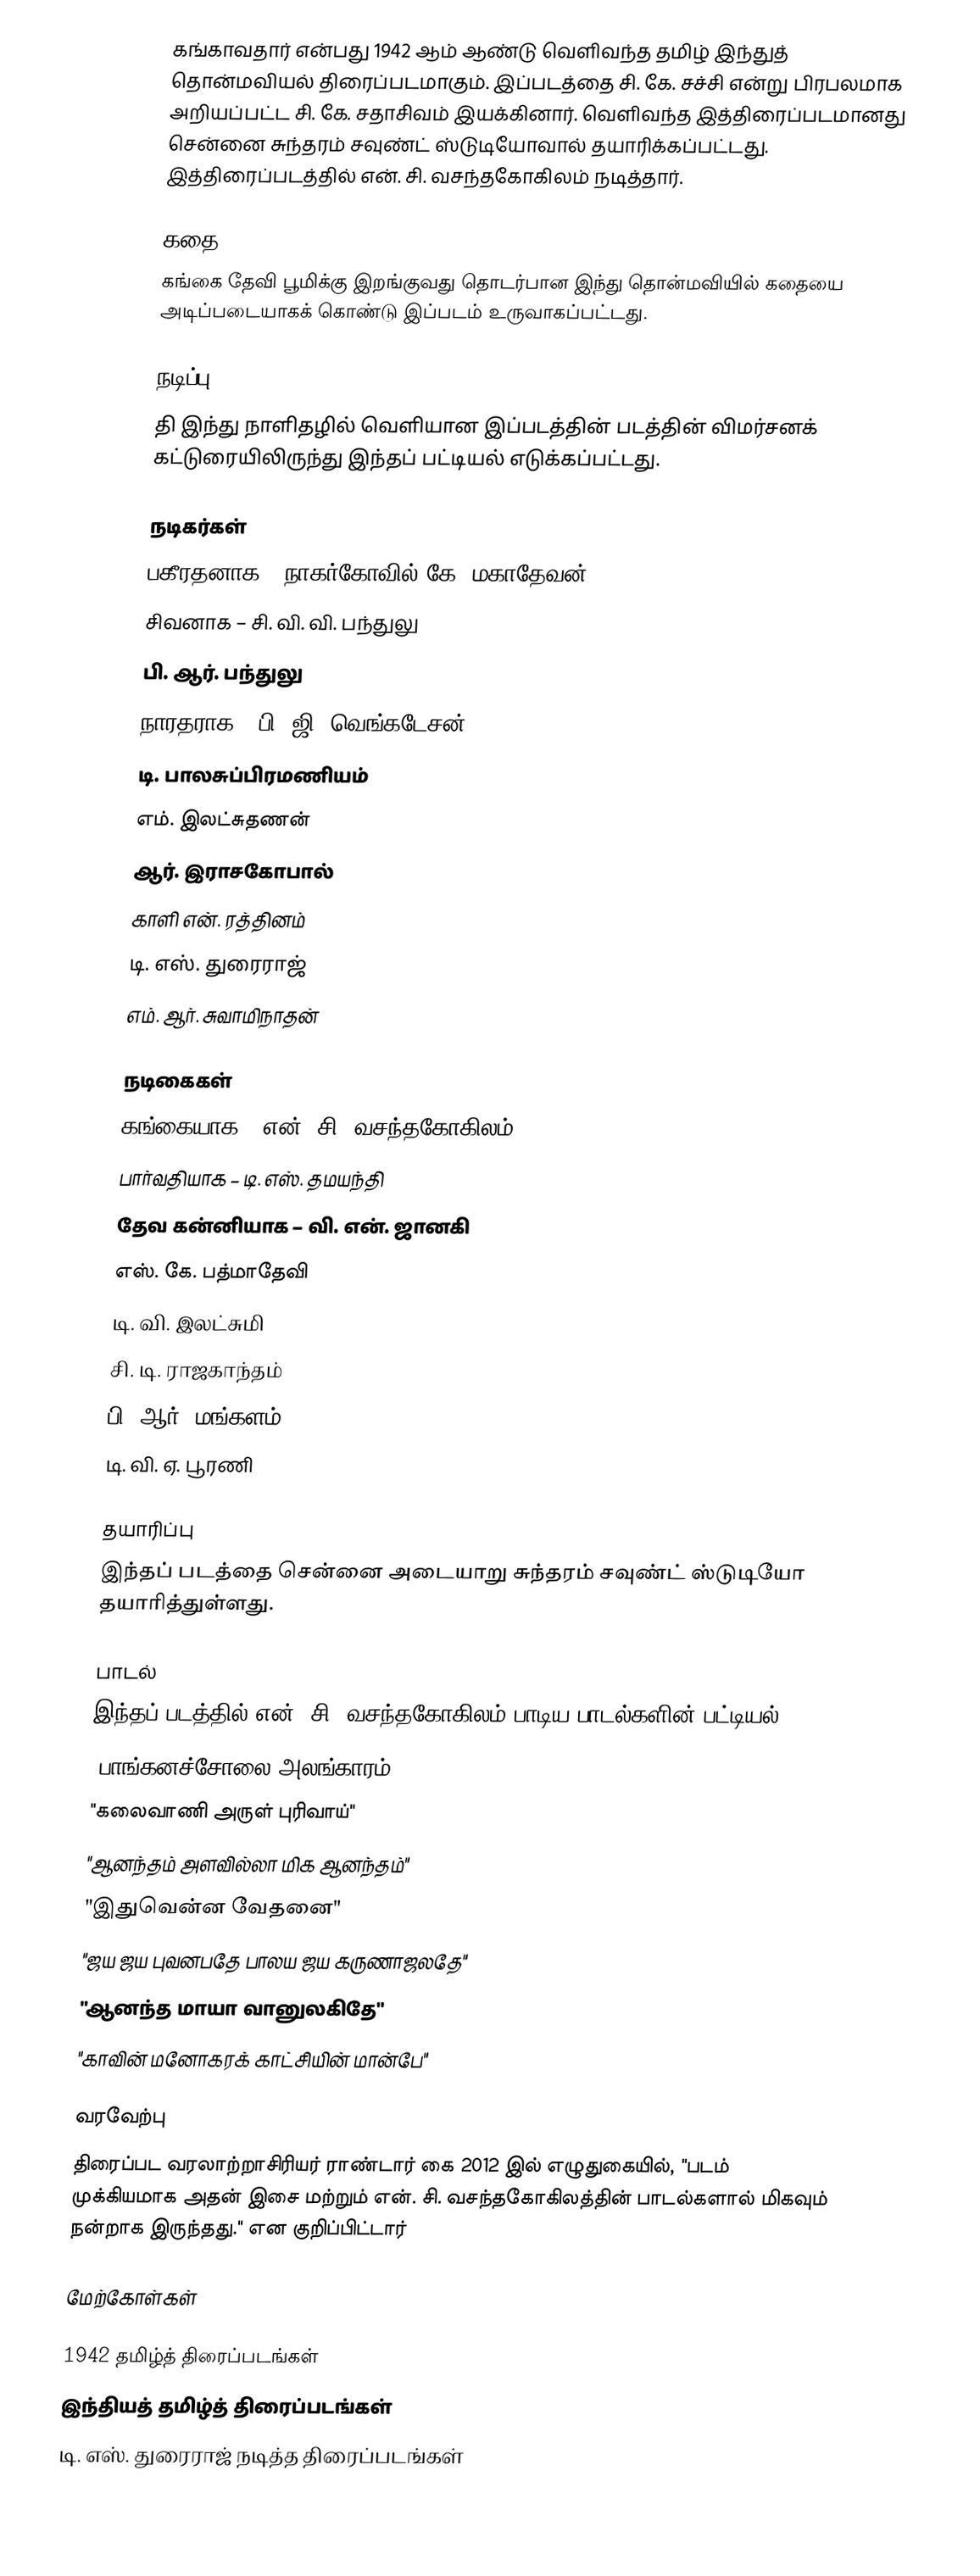
கங்காவதார் என்பது 1942 ஆம் ஆண்டு வெளிவந்த தமிழ் இந்துத் தொன்மவியல் திரைப்படமாகும். இப்படத்தை சி. கே. சச்சி என்று பிரபலமாக அறியப்பட்ட சி. கே. சதாசிவம் இயக்கினார். வெளிவந்த இத்திரைப்படமானது சென்னை சுந்தரம் சவுண்ட் ஸ்டுடியோவால் தயாரிக்கப்பட்டது. இத்திரைப்படத்தில் என். சி. வசந்தகோகிலம் நடித்தார்.

கதை
கங்கை தேவி பூமிக்கு இறங்குவது தொடர்பான இந்து தொன்மவியில் கதையை அடிப்படையாகக் கொண்டு இப்படம் உருவாகப்பட்டது.

நடிப்பு
தி இந்து நாளிதழில் வெளியான இப்படத்தின் படத்தின் விமர்சனக் கட்டுரையிலிருந்து இந்தப் பட்டியல் எடுக்கப்பட்டது.

நடிகர்கள்
பகீரதனாக – நாகர்கோவில் கே. மகாதேவன்
சிவனாக – சி. வி. வி. பந்துலு
பி. ஆர். பந்துலு
நாரதராக – பி. ஜி. வெங்கடேசன்
டி. பாலசுப்பிரமணியம்
எம். இலட்சுதணன்
ஆர். இராசகோபால்
காளி என். ரத்தினம்
டி. எஸ். துரைராஜ்
எம். ஆர். சுவாமிநாதன்

நடிகைகள்
 கங்கையாக – என். சி. வசந்தகோகிலம்
பார்வதியாக – டி. எஸ். தமயந்தி
தேவ கன்னியாக –  வி. என். ஜானகி
எஸ். கே. பத்மாதேவி
டி. வி. இலட்சுமி
சி. டி. ராஜகாந்தம்
பி. ஆர். மங்களம்
டி. வி. ஏ. பூரணி

தயாரிப்பு
இந்தப் படத்தை சென்னை அடையாறு சுந்தரம் சவுண்ட் ஸ்டுடியோ தயாரித்துள்ளது.

பாடல்
இந்தப் படத்தில் என். சி. வசந்தகோகிலம் பாடிய பாடல்களின் பட்டியல்.
 "பாங்கனச்சோலை அலங்காரம்"
 "கலைவாணி அருள் புரிவாய்"
 "ஆனந்தம் அளவில்லா மிக ஆனந்தம்"
 "இதுவென்ன வேதனை"
 "ஜய ஜய புவனபதே பாலய ஜய கருணாஜலதே"
 "ஆனந்த மாயா வானுலகிதே"
 "காவின் மனோகரக் காட்சியின் மான்பே"

வரவேற்பு
திரைப்பட வரலாற்றாசிரியர் ராண்டார் கை 2012 இல் எழுதுகையில்,  "படம் முக்கியமாக அதன் இசை மற்றும் என். சி. வசந்தகோகிலத்தின் பாடல்களால் மிகவும் நன்றாக இருந்தது." என குறிப்பிட்டார்

மேற்கோள்கள்

1942 தமிழ்த் திரைப்படங்கள்
இந்தியத் தமிழ்த் திரைப்படங்கள்
டி. எஸ். துரைராஜ் நடித்த திரைப்படங்கள்